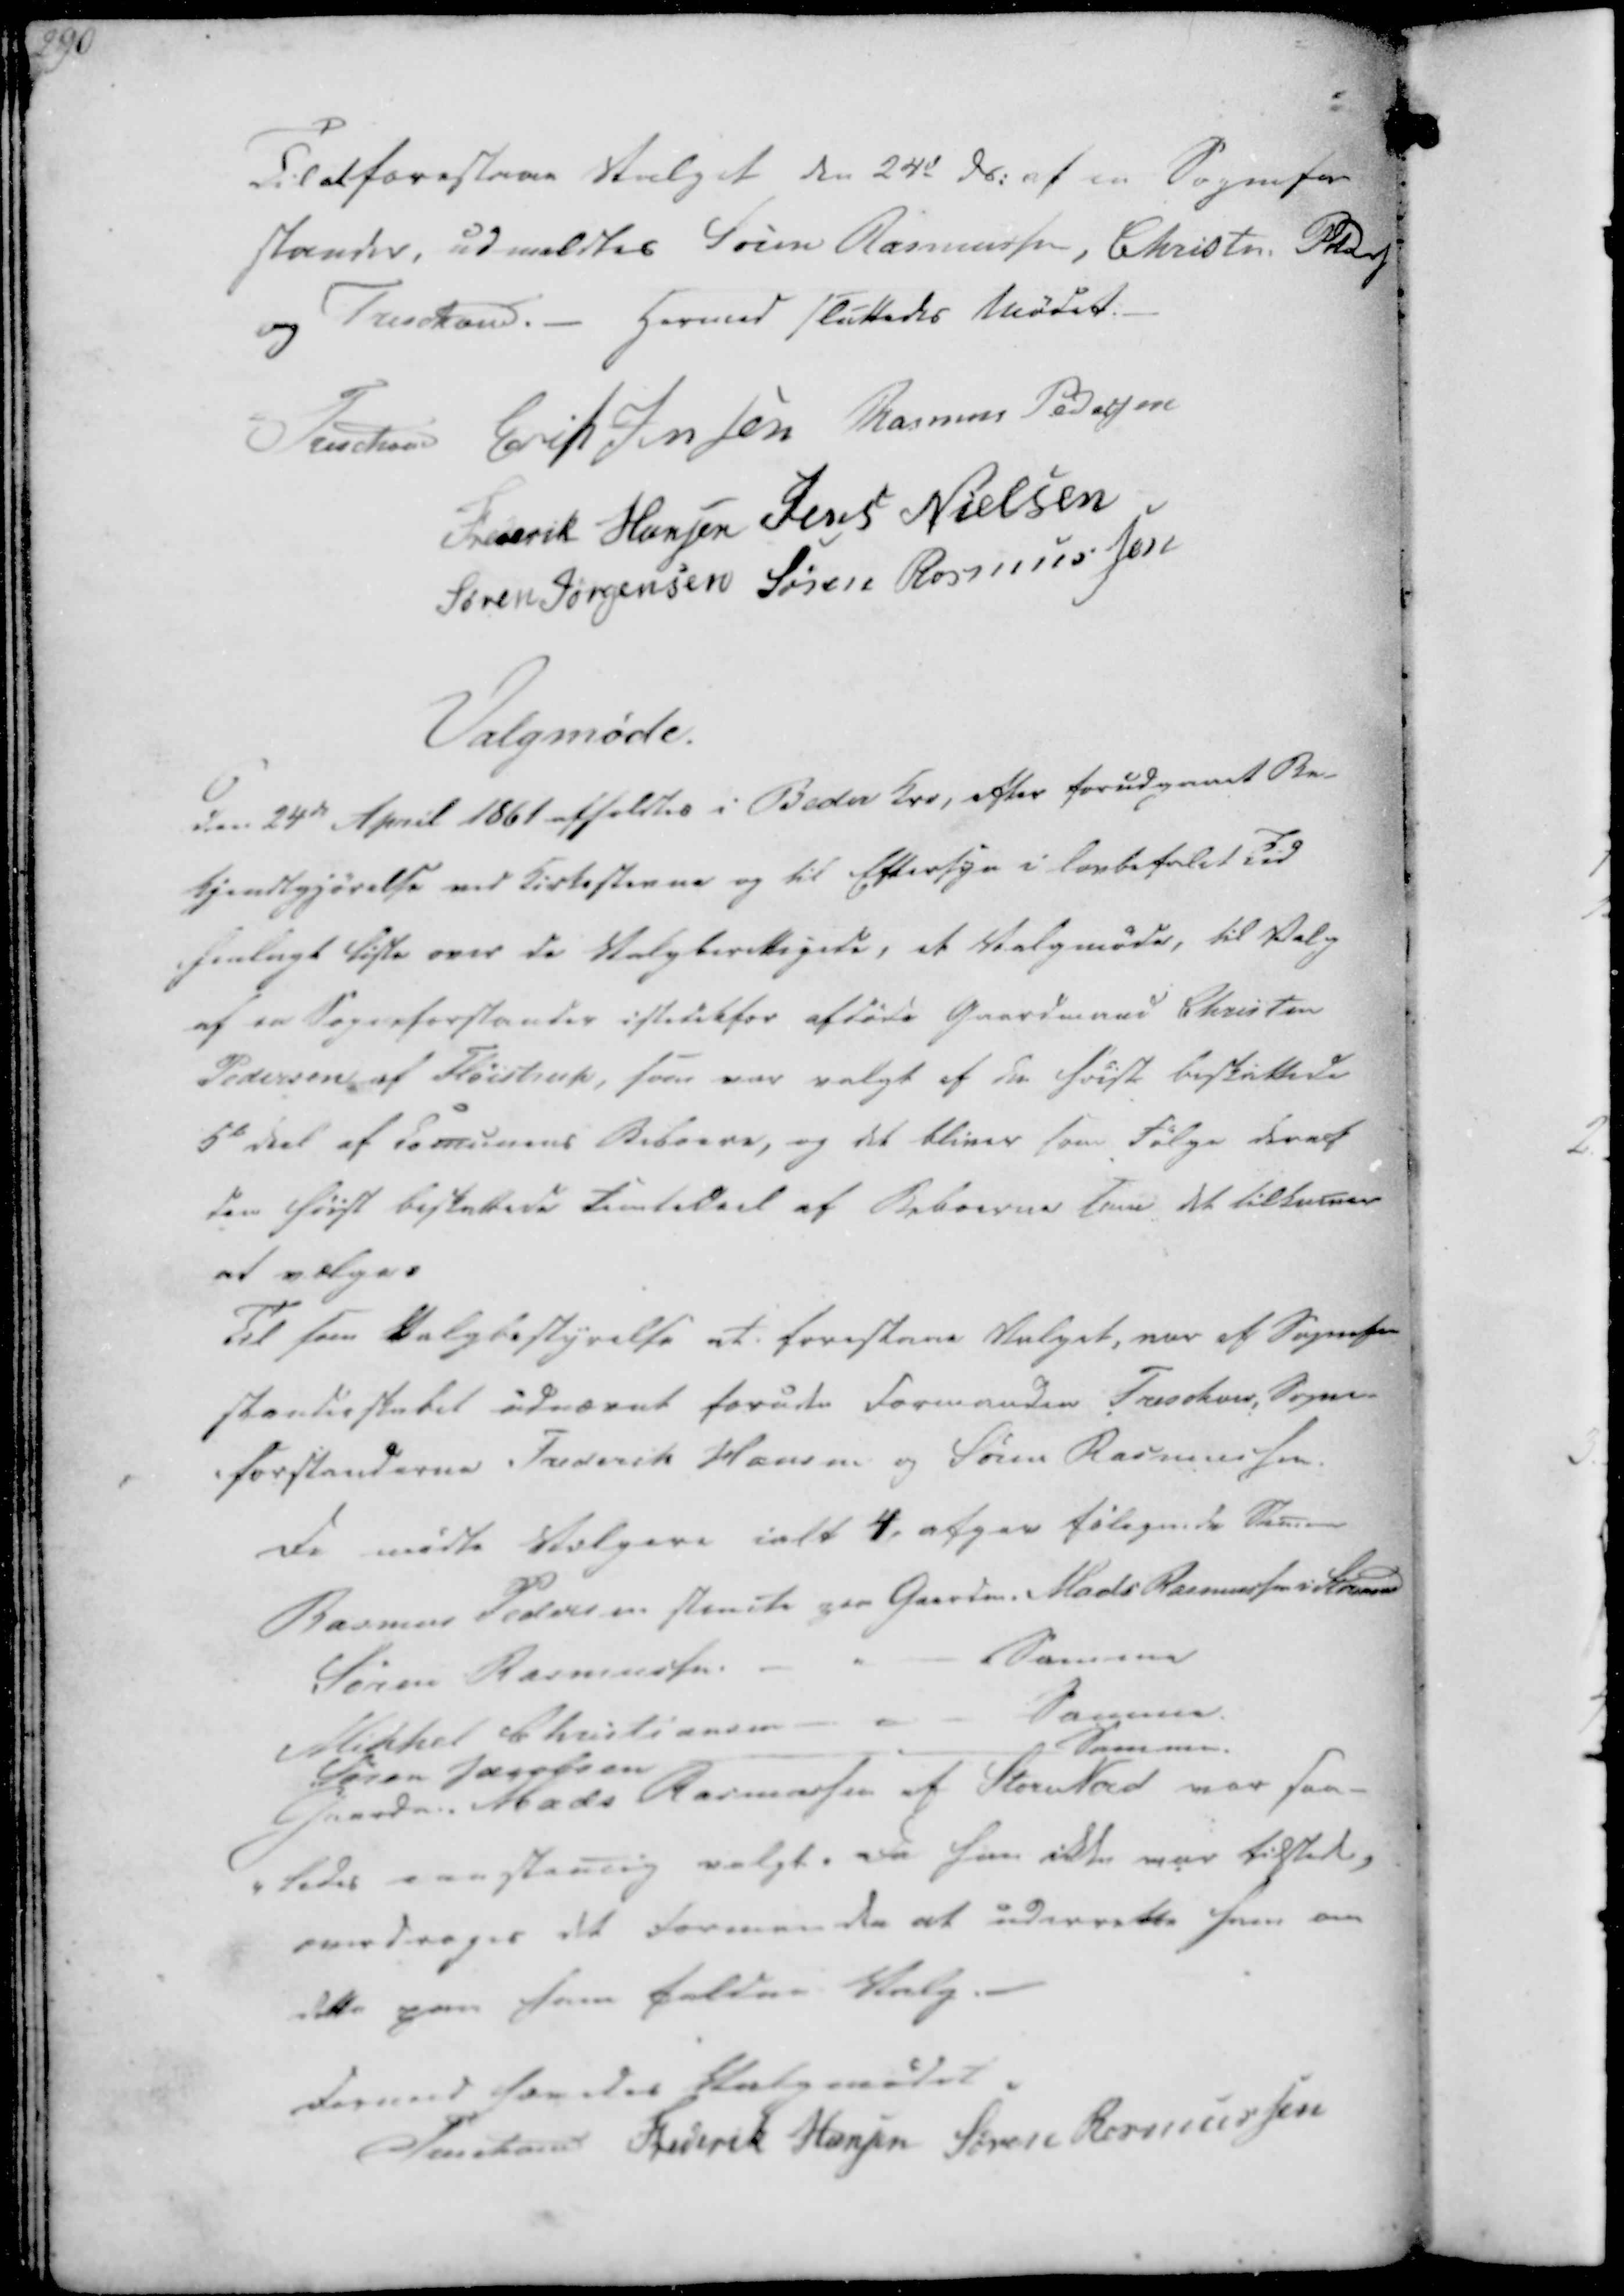
Transskription:
Til at forestaae Valget den 24d ds. af en Sognefor
stander, udmeldtes Søren Rasmussen, Christen Peders
og Treschov. - Hermed sluttedes Mødet.

Treschov
Erik Jensen
Rasmus Pedersen
Frederik Hansen
Jens Nielsen
Søren Jørgensen
Søren Rasmussen

Valgmøde.

Den 24de April 1861 afholdtes i Beder Kro, efter forudgaaet Be-
kjendtgjørelse ved Kirkestevne og til Eftersyn i Lovbefalet Tid
henlagt Liste over de Valgberettigede, et Valgmøde, til Valg
af en Sogneforstander istedetfor afdøde Gaardmand Christen
Pedersen af Fløistrup, som var valgt af den høist beskattede
5te Deel af Comunens Beboere, og det bliver som Følge deraf
den høist beskattede Femtedeel af Beboerne som det tilkomer
at vælge.

Til som Valgbestyrelse at forestaae Valget, var af Sognefor-
standerskabet udnævnt foruden Formanden Treschov, Sogne-
-forstanderne Frederik Hansen og Søren Rasmussen.

De mødte Vælgere ialt 4, afgav følgende Stemer
Rasmus Pedersen stemte paa Gaardm. Mads Rasmussen i Stornord
Søren Rasmussen
Samme
Mikkel Christiansen
Samme
Søren Jacobsen
Samme.
Gaardm. Mads Rasmussen af Stor Nord var saa-
-ledes eenstemig valgt. Da han ikke var tilstede,
overdrages det Formanden at underrette ham om
dette paa ham faldne Valg.

Dermed hævedes Valgmødet.
Treschov
Frederik Hansen
Søren Rasmussen